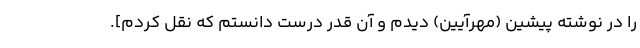
را در نوشته پیشین (مهرآیین) دیدم و آن قدر درست دانستم که نقل کردم].